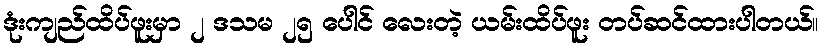
ဒုံးကျည်ထိပ်ဖူးမှာ ၂ ဒသမ ၂၅ ပေါင် လေးတဲ့ ယမ်းထိပ်ဖူး တပ်ဆင်ထားပါတယ်။